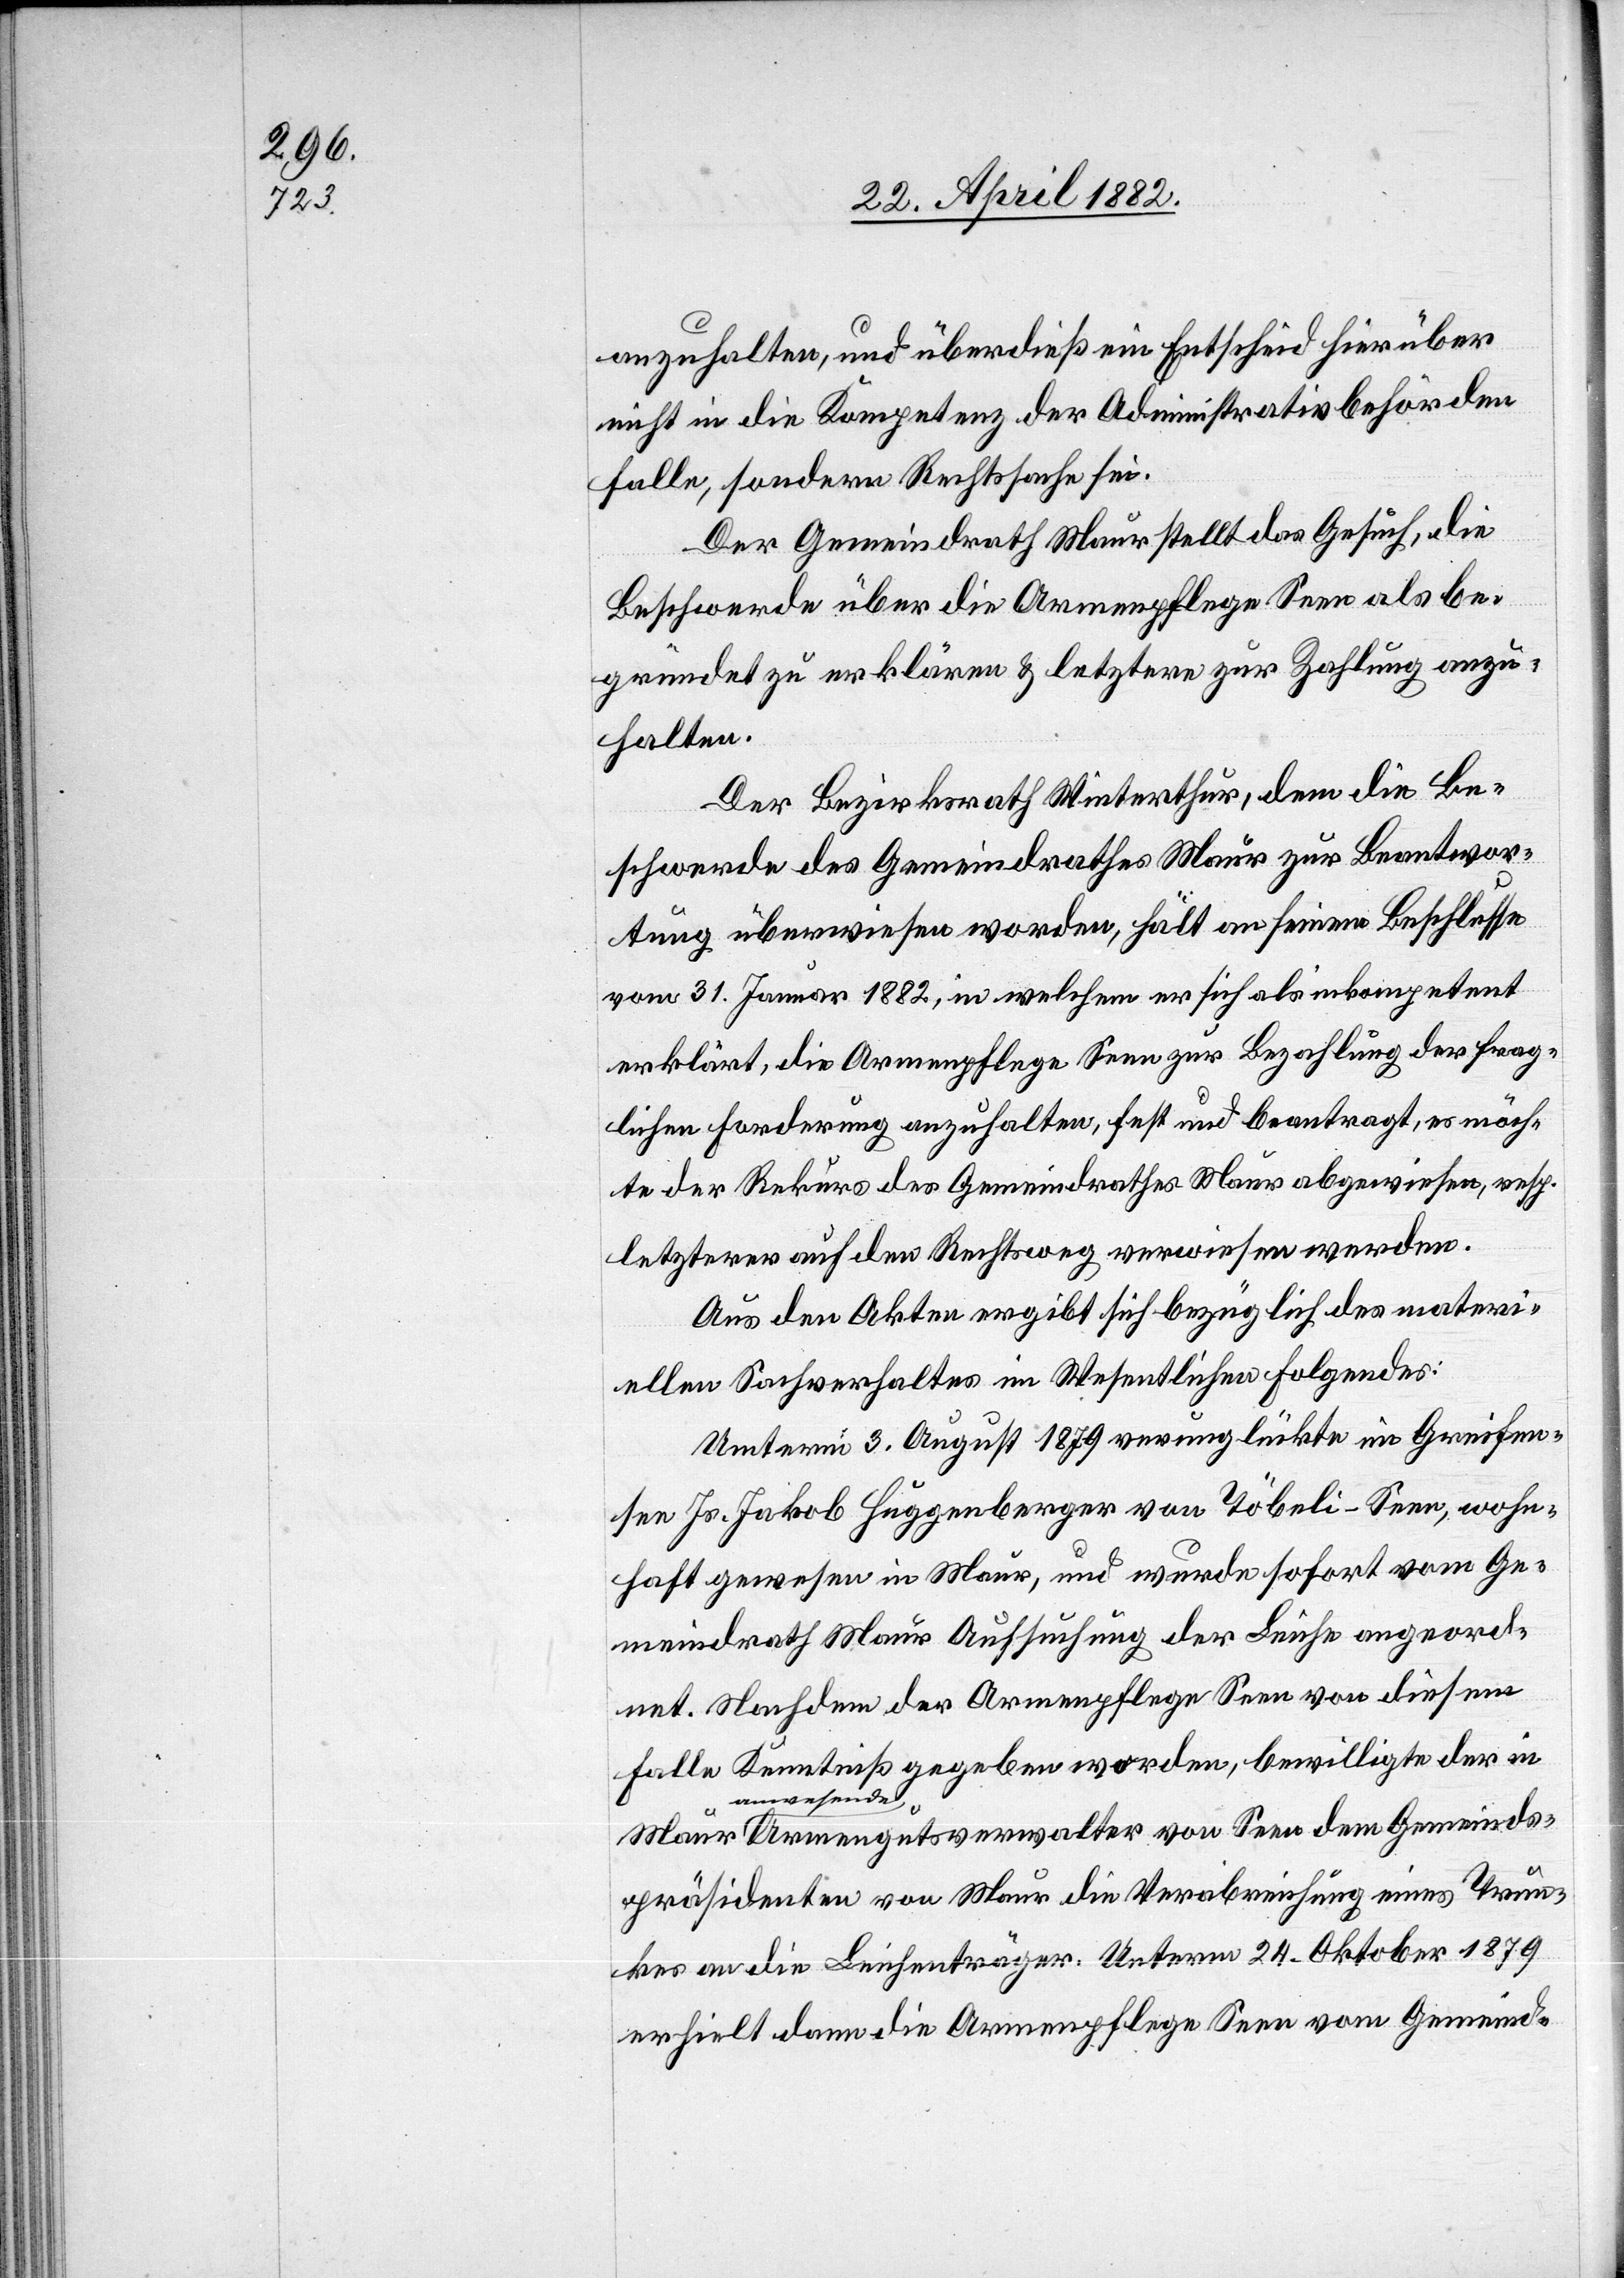
anzuhalten, und überdieß ein Entscheid hierüber
nicht in die Kompetenz der Administrativbehörden
falle, sondern Rechtssache sei.
Der Gemeindrath Maur stellt das Gesuch, die
Beschwerde über die Armenpflege Seen als be¬
gründet zu erklären & letztere zur Zahlung anzu¬
halten.
Der Bezirksrath Winterthur, dem die Be¬
schwerde des Gemeindrathes Maur zur Beantwor¬
tung überwiesen worden, hält an seinem Beschlusse
vom 31. Januar 1882, in welchem er sich als inkompetent
erklärt, die Armenpflege Seen zur Bezahlung der frag¬
lichen Forderung anzuhalten, fest, und beantragt, es möch¬
te der Rekurs des Gemeindrathes Maur abgewiesen resp.
letzterer auf den Rechtsweg verwiesen werden.
Aus den Akten ergibt sich bezüglich des materi¬
ellen Sachverhaltes im Wesentlichen Folgendes:
Unterm 3. August 1879 verunglückte im Greifen¬
see Js. Jakob Huggenberger von Töbeli - Seen, wohn¬
haft gewesen in Maur, und wurde sofort vom Ge¬
meindrath Maur Aufsuchung der Leiche angeord¬
net. Nachdem der Armenpflege Seen von diesem
Falle Kenntniß gegeben worden, bewillite der in
anwesend¬
e Armengutsverwalter von Seen dem Gemeinds¬
präsidenten von Maur die Verabreichung eines Trun¬
kes an die Leichenträger. Unterm 24. Oktober 1879
erhielt dann die Armenpflege Seen vom Gemeind-